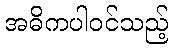
အဓိကပါဝင်သည့်